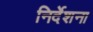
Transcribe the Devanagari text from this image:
निर्देशना